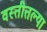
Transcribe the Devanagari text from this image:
वस्तीतल्या